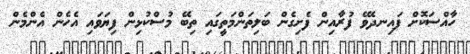
ހާއްސަކޮށް ފައިނދެވޭ ފުރާއިން ފެށިގެން ބަލިތަންމަތީގައި ތިބޭ މުސްކުޅިން ފިޔަވައި އެހެން އެންމެން